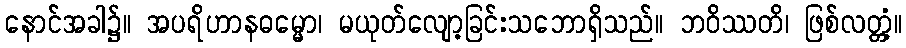
နောင်အခါ၌။ အပရိဟာနဓမ္မော၊ မယုတ်လျော့ခြင်းသဘောရှိသည်။ ဘဝိဿတိ၊ ဖြစ်လတ္တံ့။